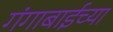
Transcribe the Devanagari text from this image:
गंगाबाईच्या